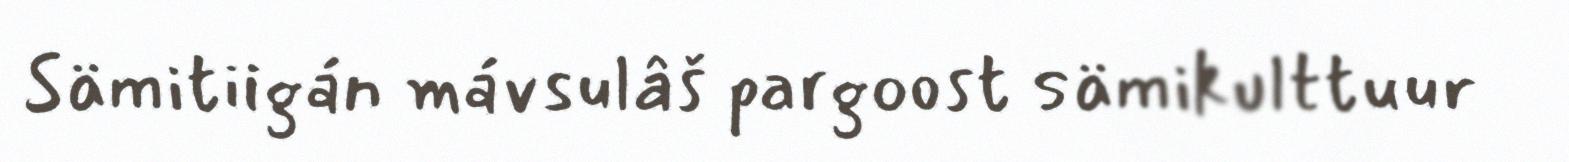
Sämitiigán mávsulâš pargoost sämikulttuur